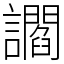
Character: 讇